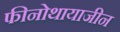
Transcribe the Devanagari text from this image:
फीनोथायाजीन